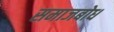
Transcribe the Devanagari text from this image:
समाजबोध